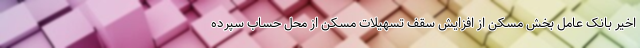
اخیر بانک عامل بخش مسکن از افزایش سقف تسهیلات مسکن از محل حساب سپرده